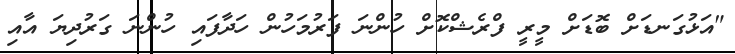
"އަޅުގަނޑަށް ބޮޑަށް މީރީ ފްރެޝްކޮށް ހުންނަ ފަރުމަހުން ހަދާފައި ހުންނަ ގަރުދިޔަ އާއި